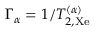
\Gamma _ { \alpha } = 1 / T _ { 2 , \mathrm { X e } } ^ { ( \alpha ) }